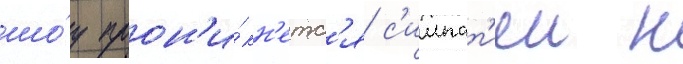
шо́у прон'и́кн'етс'я с'импат'иеи к